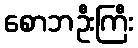
စောဘဦးကြီး